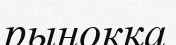
рынокқа